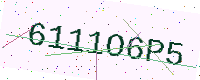
Text: 6111O6P5